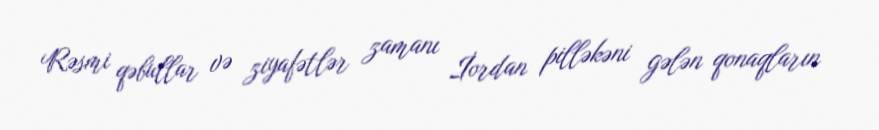
Rəsmi qəbullar və ziyafətlər zamanı İordan pilləkəni gələn qonaqların